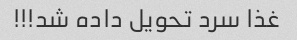
غذا سرد تحویل داده شد!!!